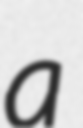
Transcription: a